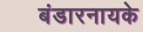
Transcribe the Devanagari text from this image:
बंडारनायके